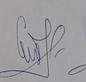
Signature authenticity: genuine